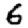
Digit: 6